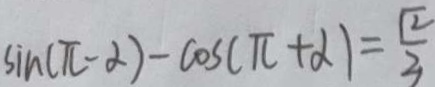
\sin ( \pi - 2 ) - \cos ( \pi + 2 ) = \frac { \sqrt { 2 } } { 3 }